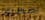
اصطياد